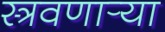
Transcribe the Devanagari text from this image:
स्त्रवणार्‍या